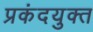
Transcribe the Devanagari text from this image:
प्रकंदयुक्त